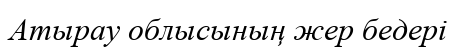
Атырау облысының жер бедері